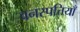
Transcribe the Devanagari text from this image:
वनस्पत्तियाँ